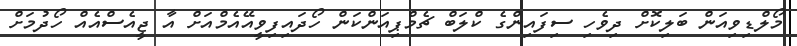
މޯލްޑިވިއަން ބަލިކޮށް ދިވެހި ސިފައިންގެ ކްލަބް ޗެމްޕިއަންކަން ހޯދައިފިވީއޭއެމްއަށް އާ ޖީއެސްއެއް ހޯދުމަށް